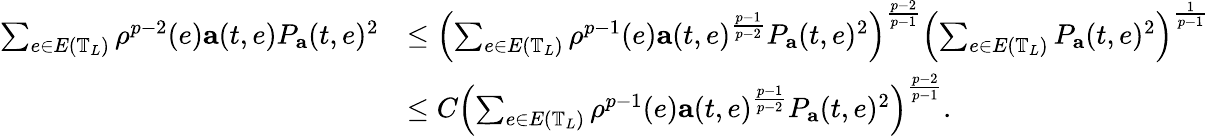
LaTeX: \begin{array}{rl}{\sum_{e\in E\left(\mathbb{T}_{L}\right)}\rho^{p-2}(e)\mathbf{a}(t,e)P_{\mathbf{a}}(t,e)^{2}}&{\leq\left(\sum_{e\in E\left(\mathbb{T}_{L}\right)}\rho^{p-1}(e)\mathbf{a}(t,e)^{\frac{p-1}{p-2}}P_{\mathbf{a}}(t,e)^{2}\right)^{\frac{p-2}{p-1}}\left(\sum_{e\in E\left(\mathbb{T}_{L}\right)}P_{\mathbf{a}}(t,e)^{2}\right)^{\frac{1}{p-1}}}\\ &{\leq C\left(\sum_{e\in E\left(\mathbb{T}_{L}\right)}\rho^{p-1}(e)\mathbf{a}(t,e)^{\frac{p-1}{p-2}}P_{\mathbf{a}}(t,e)^{2}\right)^{\frac{p-2}{p-1}}.}\end{array}